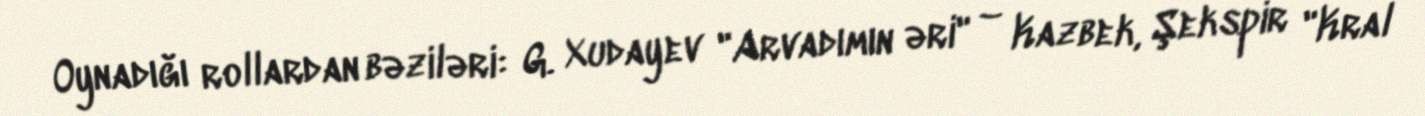
Oynadığı rollardan bəziləri: G. Xudayev "Arvadımın əri" – Kazbek, Şekspir "Kral